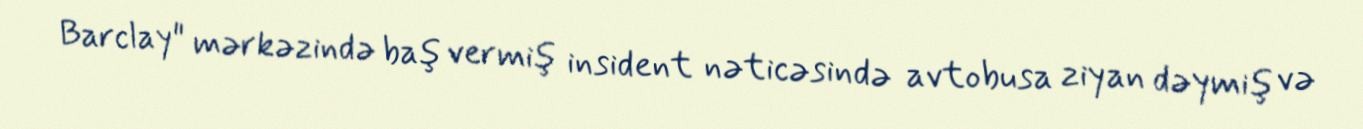
Barclay" mərkəzində baş vermiş insident nəticəsində avtobusa ziyan dəymiş və